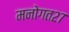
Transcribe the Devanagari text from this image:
मनोगत२७